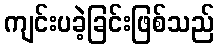
ကျင်းပခဲ့ခြင်းဖြစ်သည်